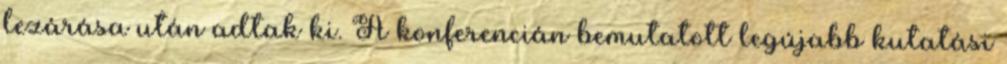
lezárása után adtak ki. A konferencián bemutatott legújabb kutatási